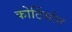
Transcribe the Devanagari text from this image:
कोर्टिसोन